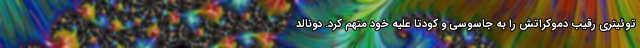
توئیتری رقیب دموکراتش را به جاسوسی و کودتا علیه خود متهم کرد. دونالد